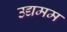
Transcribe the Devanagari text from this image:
उद्यमम